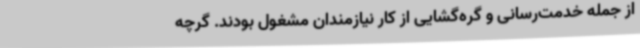
از جمله خدمت‌رسانی و گره‌گشایی از کار نیازمندان مشغول بودند. گرچه